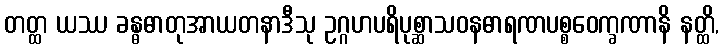
တတ္ထ ယဿ ခန္ဓဓာတုအာယတနာဒီသု ဥဂ္ဂဟပရိပုစ္ဆာသဝနဓာရဏပစ္စဝေက္ခဏာနိ နတ္ထိ,